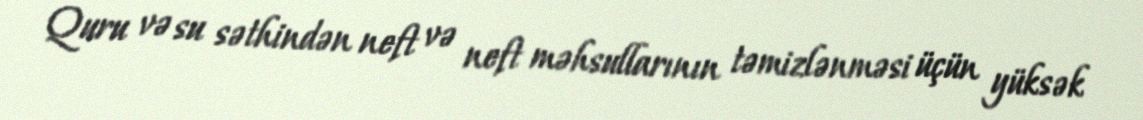
Quru və su səthindən neft və neft məhsullarının təmizlənməsi üçün yüksək